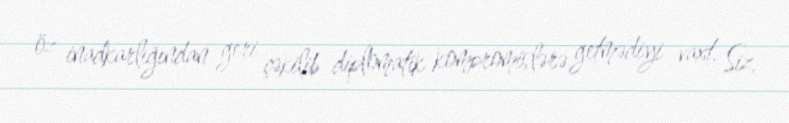
öz inadkarlığından geri çəkilib diplomatik kompromislərə getmədiyi vaxt, Siz,